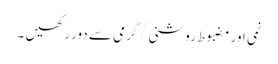
نمی اور مضبوط روشنی/گرمی سے دور رکھیں ۔